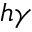
h \gamma